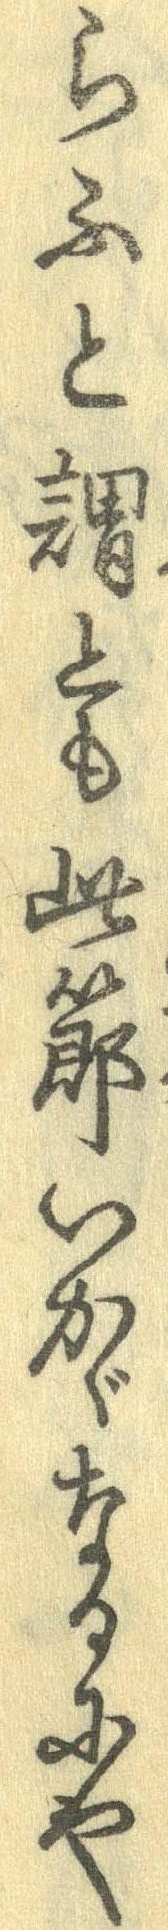
らふと謂とも此節いかゞなるにや